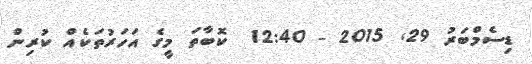
ޑިސެމްބަރު 29